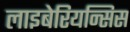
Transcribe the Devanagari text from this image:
लाइबेरियन्सिस